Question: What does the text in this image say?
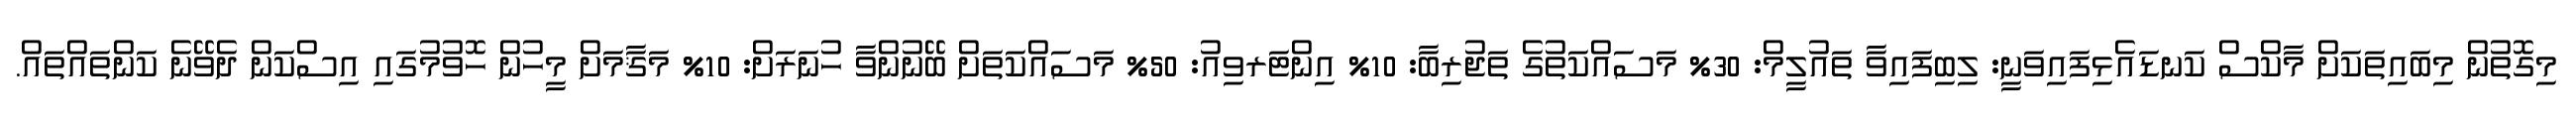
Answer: މިގޮތުން މިބައިތަކަށް މާކްސް ކަނޑައެޅިފައިވަނީ: ލިބިފައިވާ ތައުލީމް: 30% މަސައްކަތުގެ ތަޖުރިބާ: 10% އިންޓަރވިއު: 50% މަސައްކަތަށް ބޭނުންވާ ހުނަރަށް: 10% މަޤާމަށް މީހުން ހޮވުމުގައި އިސްކަން ދެވޭނެ ކަންތައްތައް.